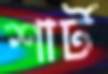
শার্ট